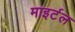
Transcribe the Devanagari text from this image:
माइर्टल